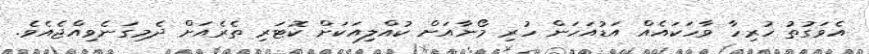
އެވަގުތު ހުރިހާ ވާހަކައެއް އަޑުއަހަން ހުރި މޯނާއަށް ކުއްލިއަކަށް ކޮޓަރި ތެރެއަށް ދެމިގަނެވިއްޖެއެވެ.